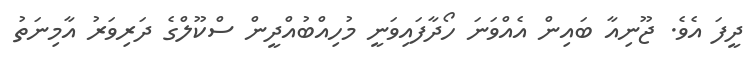
ދީފަ އެވެ. ޖޫނިއާ ބައިން އެއްވަނަ ހޯދާފައިވަނީ މުހިއްބުއްދީން ސްކޫލްގެ ދަރިވަރު އާމިނަތު